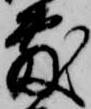
敷